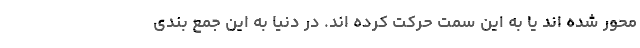
محور شده اند یا به این سمت حرکت کرده اند. در دنیا به این جمع بندی